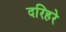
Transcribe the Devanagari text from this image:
दरिहरे